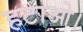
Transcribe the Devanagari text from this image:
हटाओ।